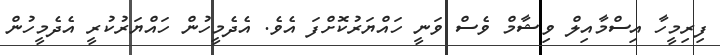
ފިރިމީހާ އިސްމާއިލް ވިޝާމް ވެސް ވަނީ ހައްޔަރުކޮށްފަ އެވެ. އެދެމީހުން ހައްޔަރުކުރީ އެދެމީހުން